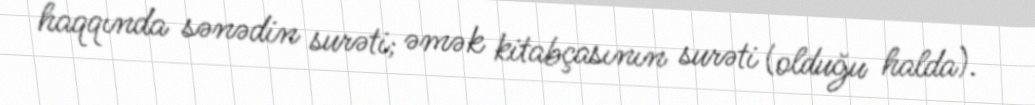
haqqında sənədin surəti; əmək kitabçasının surəti (olduğu halda).